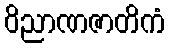
ဝိညာဏဇာတိကံ